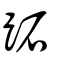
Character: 跖